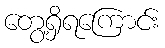
တွေ့ရှိရကြောင်း